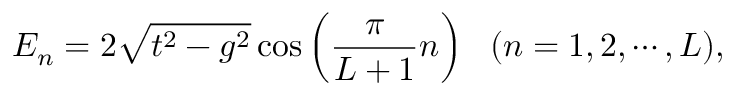
E _ { n } = 2 \sqrt { t ^ { 2 } - g ^ { 2 } } \cos \left( \frac { \pi } { L + 1 } n \right) ~ ~ ( n = 1 , 2 , \cdots , L ) ,